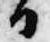
日